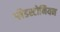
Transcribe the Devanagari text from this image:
ग्लैडस्टोनियन